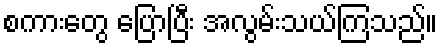
စကားတွေ ပြောပြီး အလွမ်းသယ်ကြသည်။